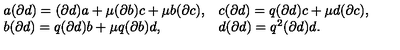
\begin{array} { l l } { a ( \partial d ) = ( \partial d ) a + \mu ( \partial b ) c + \mu b ( \partial c ) , } & { c ( \partial d ) = q ( \partial d ) c + \mu d ( \partial c ) , } \\ { b ( \partial d ) = q ( \partial d ) b + \mu q ( \partial b ) d , } & { d ( \partial d ) = q ^ { 2 } ( \partial d ) d . } \\ \end{array}